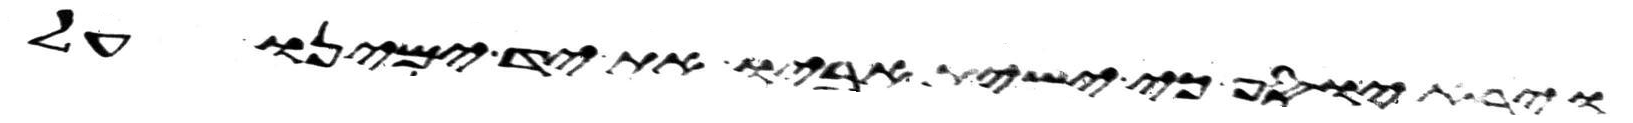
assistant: יוסף כי ישית אביו את יד ימינו על